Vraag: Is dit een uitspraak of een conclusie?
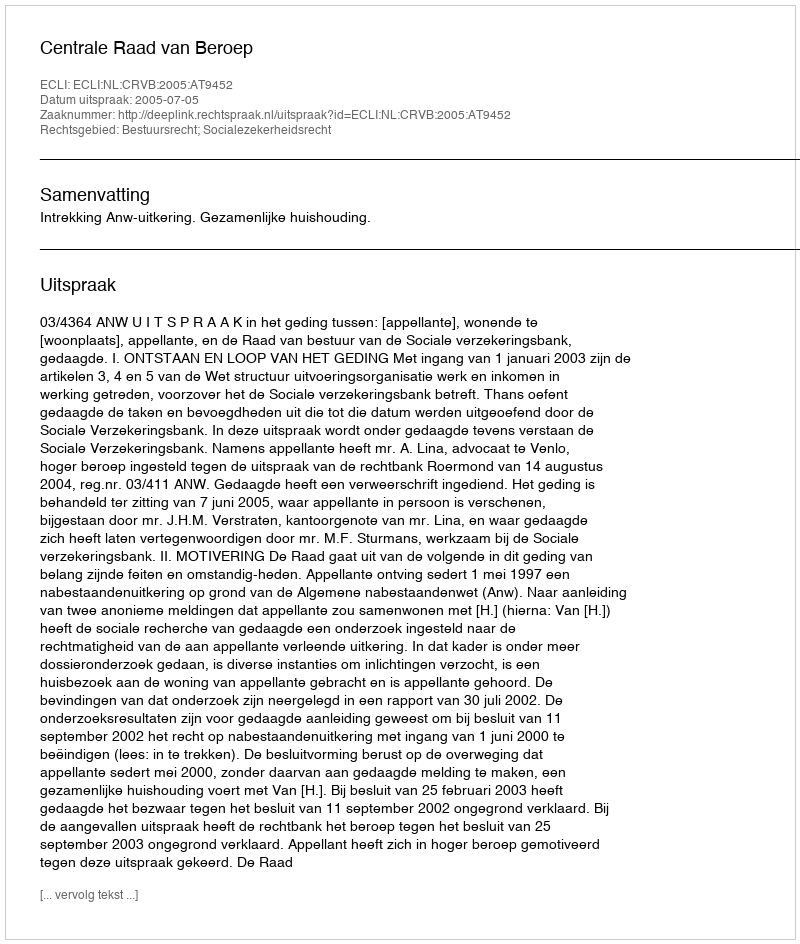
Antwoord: Uitspraak